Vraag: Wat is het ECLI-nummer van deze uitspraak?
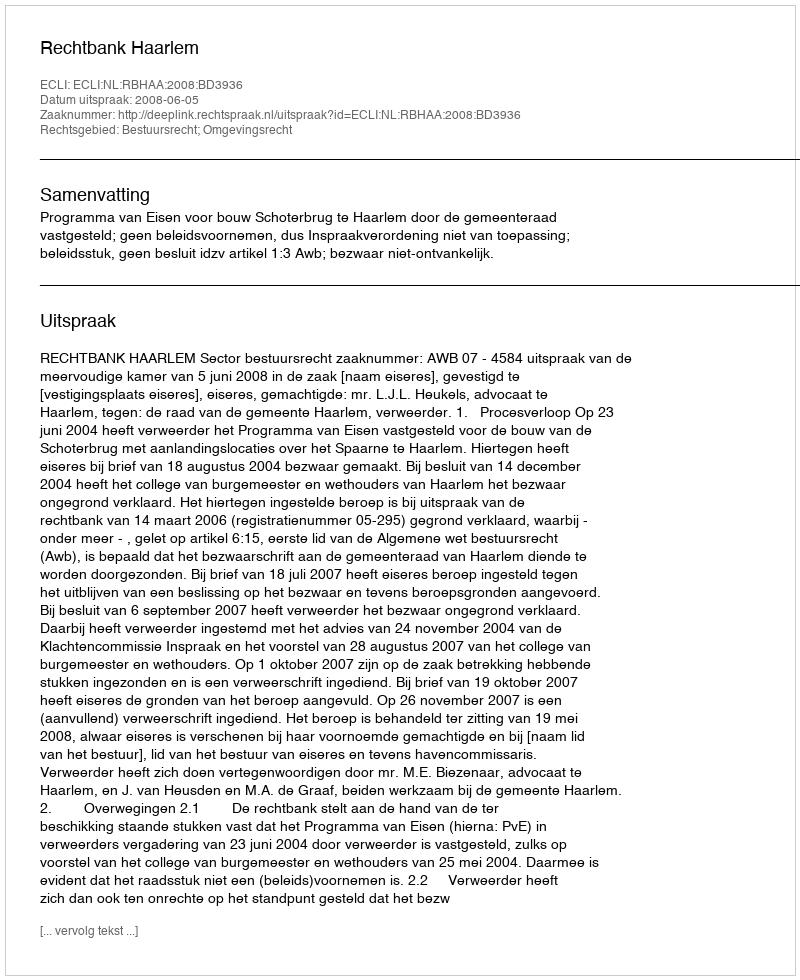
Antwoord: ECLI:NL:RBHAA:2008:BD3936